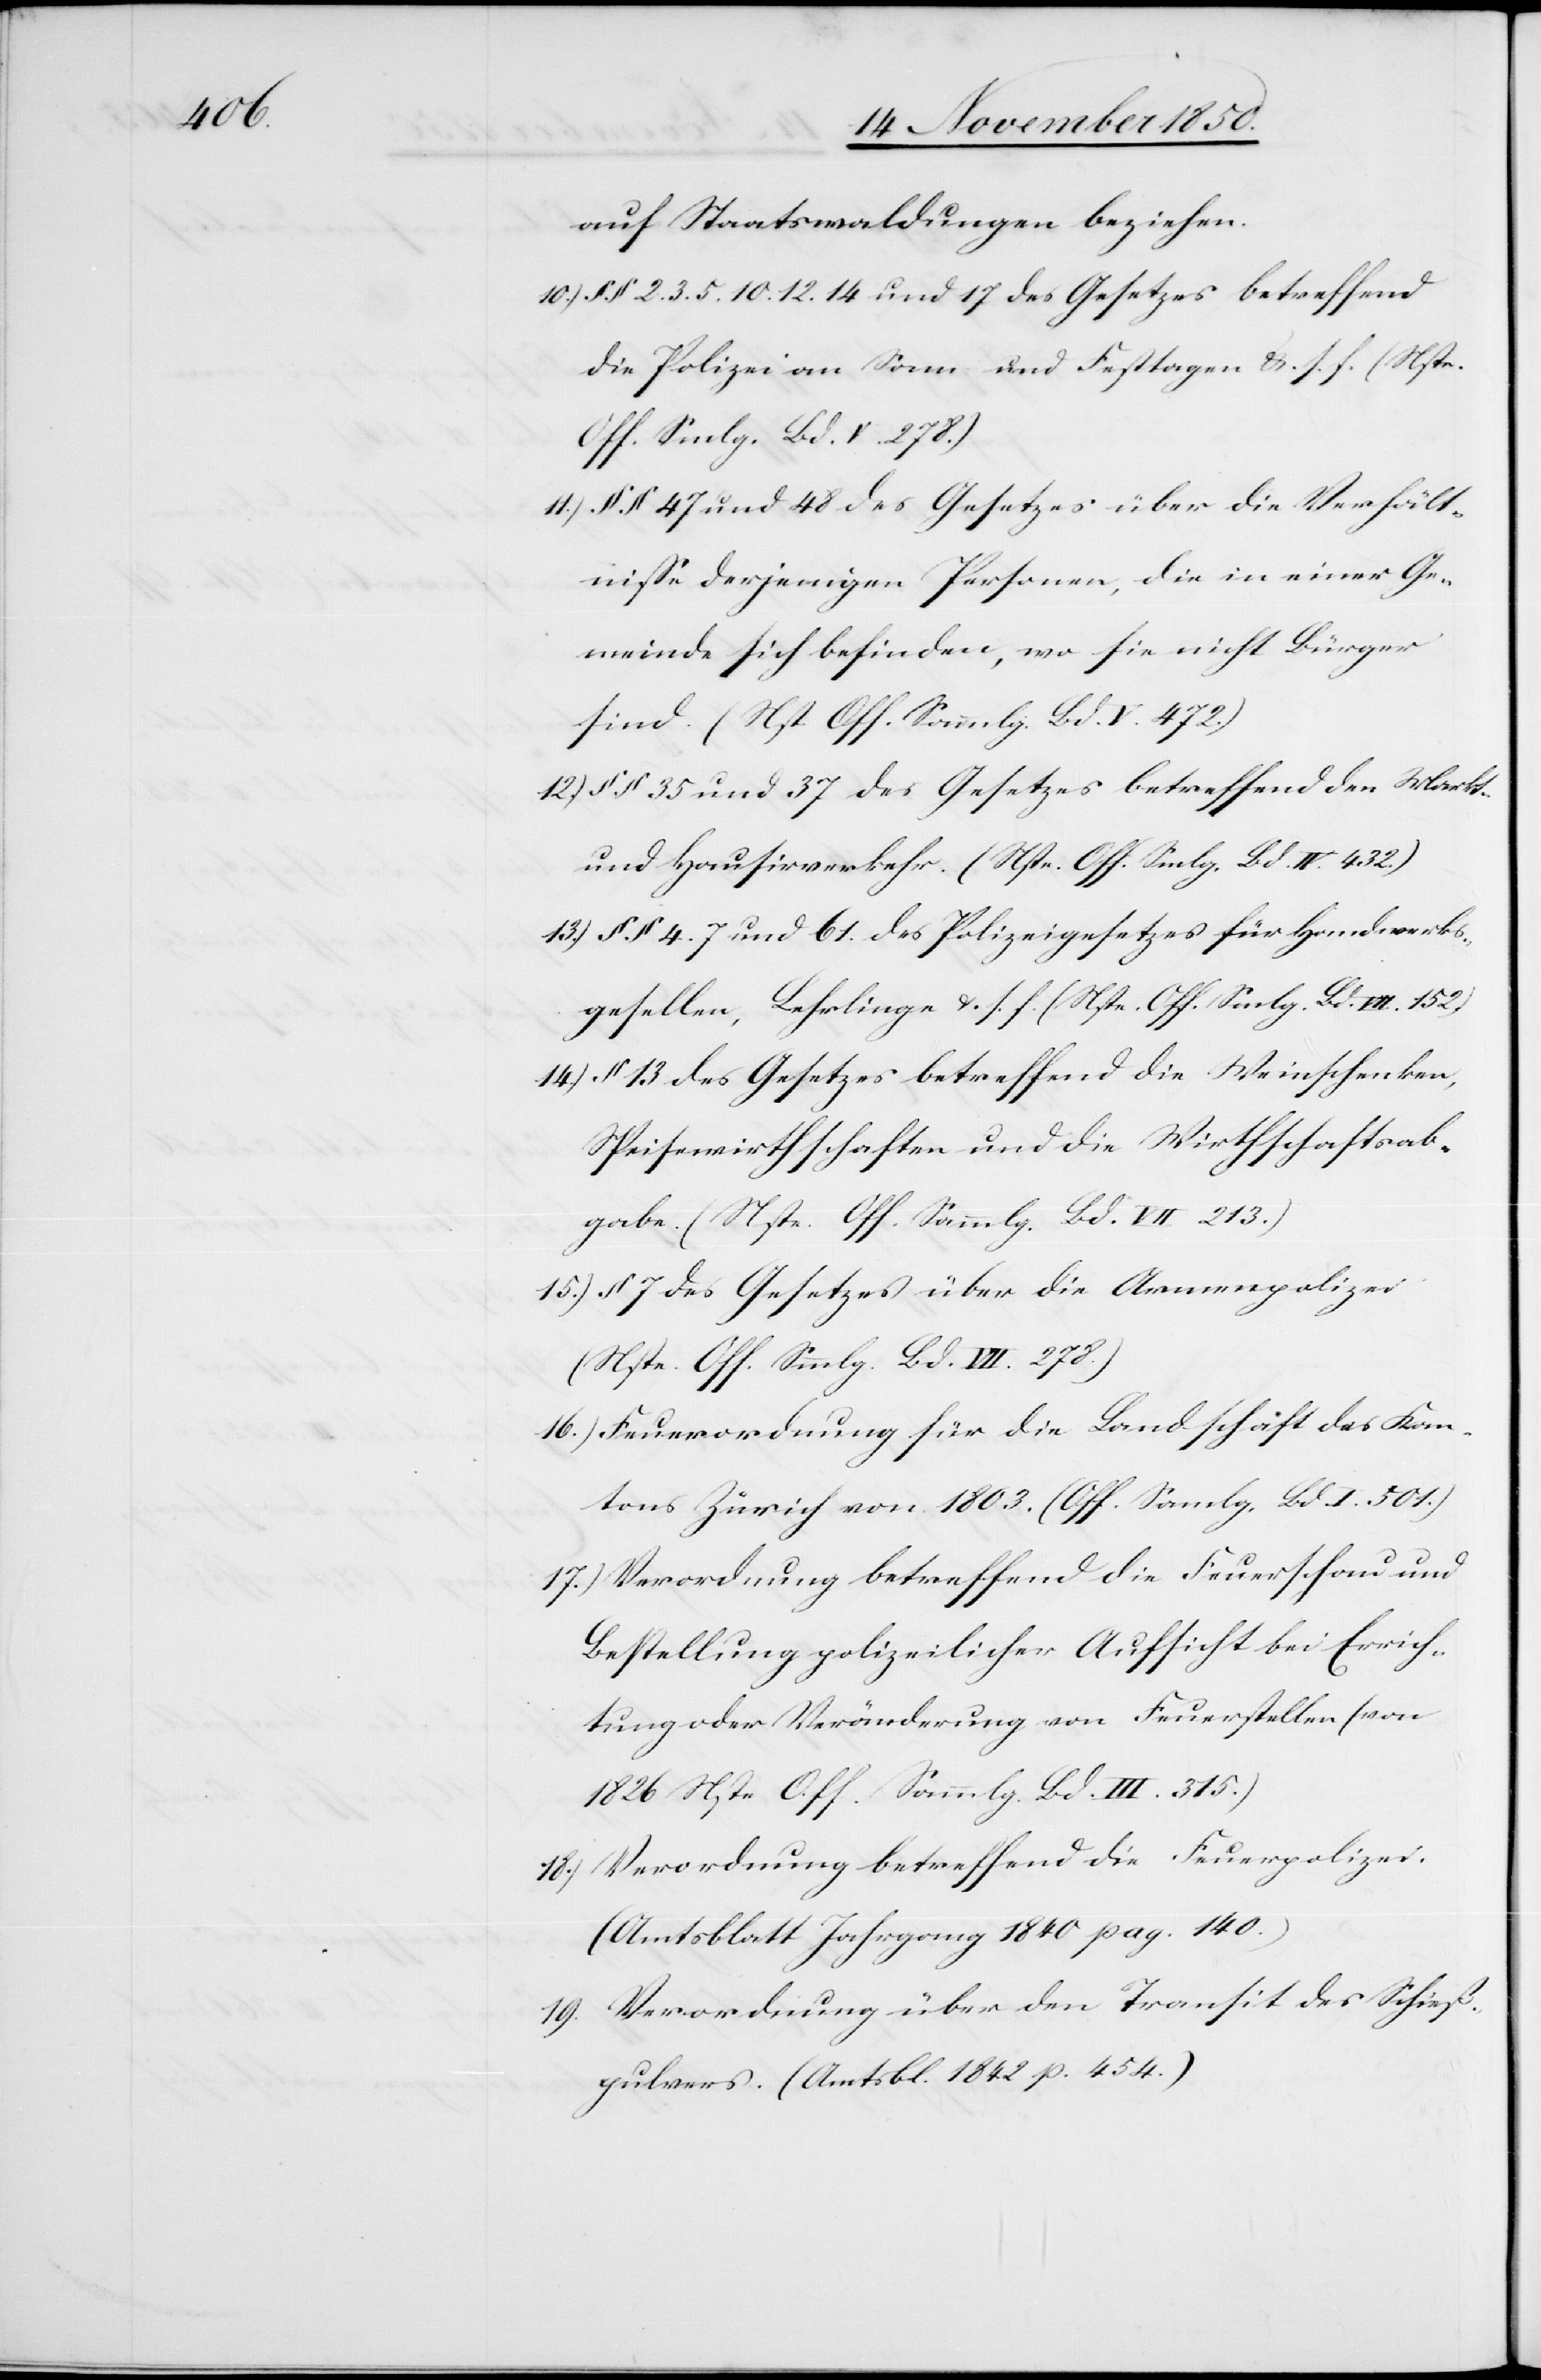
auf Staatswaldungen beziehen.
§ § 2. 3. 5. 10. 12. 14 und 17 des Gesetzes betreffend
die Polizei an Sonn- und Festtagen &. s. f. (Nste.
Off. Smlg. Bd. V 278.)
§ § 47 und 48 des Gesetzes über die Verhält¬
nisse derjenigen Personen, die in einer Ge¬
meinde sich befinden, wo sie nicht Bürger
sind. (Nst. Off. Sammlg. Bd. V. 472.)
§ § 35 und 37 des Gesetzes betreffend den Markt-
und Hausirverkehr. (Nste. Off. Smlg. Bd. IV. 432.)
§ § 47 und 61. Polizeigesetzes für Handwerks¬
gesellen, Lehrlinge u. s. f. (Nste. Off. Smlg. Bd. VII. 152)
§ 13 des Gesetzes betreffend die Weinschenken,
Speisewirthschaften und die Wirthschaftsab¬
gabe. (Nste. Off. Sammlg. Bd. VII 213.)
§ 7 des Gesetzes über die Armenpolizei
(Nste. Off. Smmlg. Bd. VII. 278.)
Feuerordnung für die Landschaft des Kan¬
tons Zürich von 1803. (Off. Sammlg. Bd. I. 501.)
Verordnung betreffend die Feuerschau und
Bestellung polizeilicher Aufsicht bei Errich¬
tung oder Veränderung von Feuerstellen (von
1826 Nste Off. Sammlg. Bd. III. 315.)
Verordnung betreffend die Feuerpolizei.
(Amtsblatt Jahrgang 1840 pag. 140.)
Verordnung über den Transit des Schieß¬
pulvers. (Amtsbl. 1842 p. 454.)